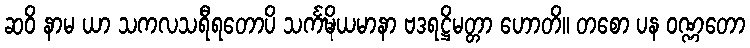
ဆဝိ နာမ ယာ သကလသရီရတောပိ သင်္ကဍ္ဎိယမာနာ ဗဒရဋ္ဌိမတ္တာ ဟောတိ။ တစော ပန ဝဏ္ဏတော